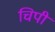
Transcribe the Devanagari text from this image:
चिपी